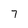
Character: 7